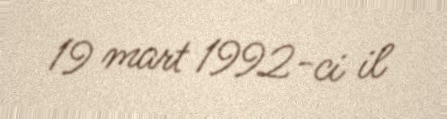
19 mart 1992-ci il